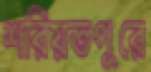
শরিয়তপুরে